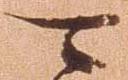
可